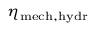
\scriptstyle \eta _ { \mathrm { m e c h , h y d r } }